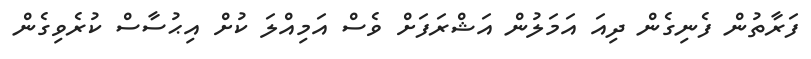
ފަރާތުން ފެނިގެން ދިއަ އަމަލުން އަޝްރަފަށް ވެސް އަމިއްލަ ކުށް އިޙުސާސް ކުރެވިގެން